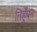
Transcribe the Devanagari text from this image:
तिहुँपन